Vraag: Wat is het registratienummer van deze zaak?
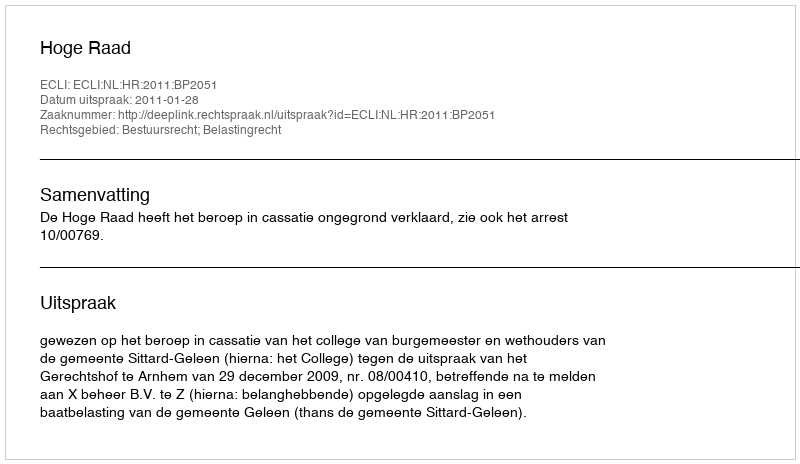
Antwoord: http://deeplink.rechtspraak.nl/uitspraak?id=ECLI:NL:HR:2011:BP2051